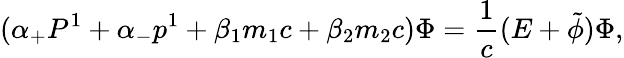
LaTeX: ({\alpha}_{+}P^{1}+{\alpha}_{-}p^{1}+{\beta}_{1}m_{1}c+{\beta}_{2}m_{2}c){\Phi}=\frac{1}{c}(E+\tilde{\phi}){\Phi},